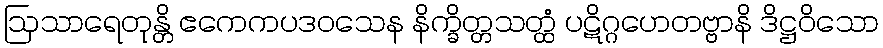
ဩသာရေတုန္တိ ဧကေကပဒဝသေန နိက္ခိတ္တသတ္ထံ ပဋိဂ္ဂဟေတဗ္ဗာနိ ဒိဋ္ဌဝိသော